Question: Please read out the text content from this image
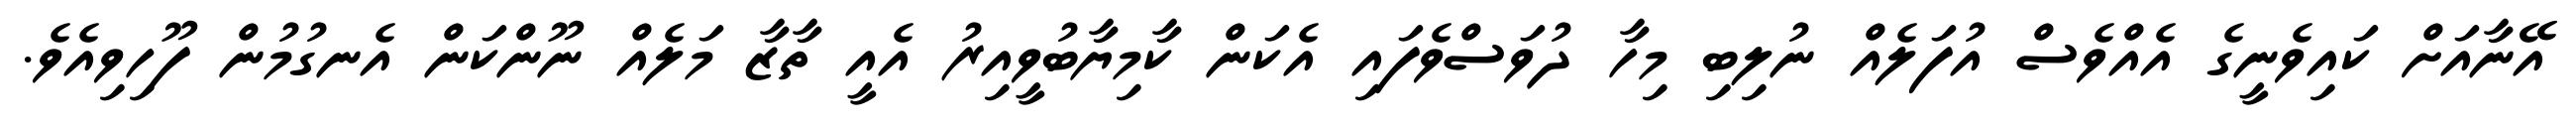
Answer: އޭނާއަށް ކައިވެނީގެ އެއްވެސް އުފަލެއް ނުލިބި މިހާ ދުވަސްވެފައި އެކަން ކާމިޔާބުވީއިރު އެއީ ތާޒާ މަލެއް ނޫންކަން އެނގުމުން ފޫހިވިއެވެ.